Report on the working of the Ranchi Indian Mental Hospital, Kanke, in Bihar and Orissa - 1930-1940
Year: 1930
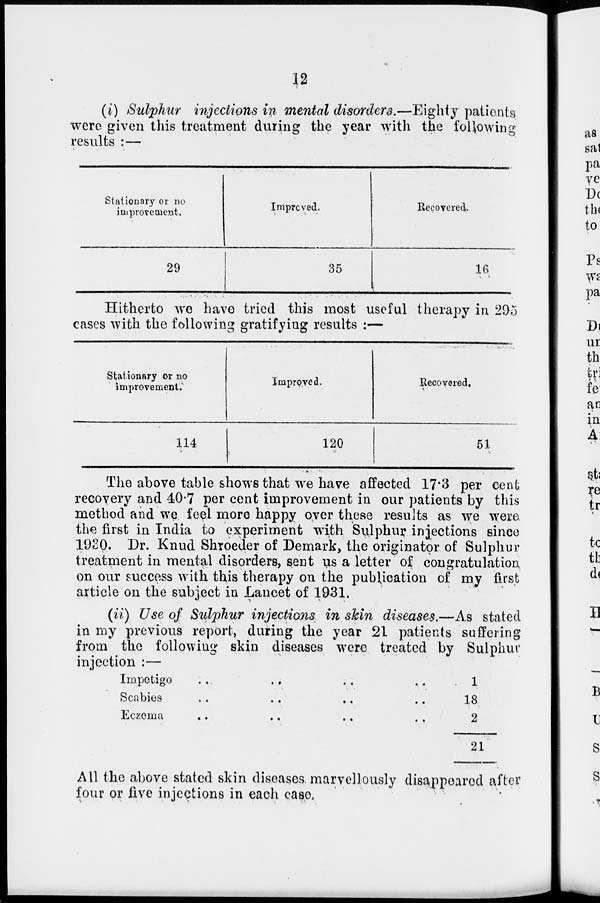
12
(i) Sulphur injections in mental disorders.—Eighty patients
were given this treatment during the year with the following
results :—
Stationary or no
improvement.
29
Improved.
35
Recovered.
16
Hitherto we have tried this most useful therapy in 295
cases with the following gratifying results :—
Stationary or no
improvement.
114
Improved.
120
Recovered.
51
The above table shows that we have affected 17.3 per cent
recovery and 40.7 per cent improvement in our patients by this
method and we feel more happy over these results as we were
the first in India to experiment with Sulphur injections since
1930. Dr. Knud Shroeder of Demark, the originator of Sulphur
treatment in mental disorders, sent us a letter of congratulation
on our success with this therapy on the publication of my first
article on the subject in Lancet of 1931.
(ii) Use of Sulphur injections in skin diseases.—As stated
in my previous report, during the year 21 patients suffering
from the following skin diseases were treated by Sulphur
injection :—
Impetigo .. .. .. .. ..
Scabies .. .. .. .. ..
Eczema .. .. .. .. ..
1
18
2
21
All the above stated skin diseases marvellously disappeared after
four or five injections in each case.